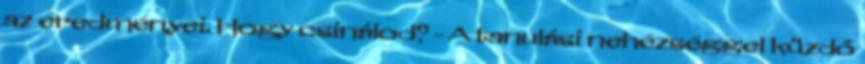
az eredményei. Hogy csinálod? - A tanulási nehézséggel küzdő